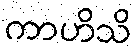
ကာဟိသိ